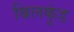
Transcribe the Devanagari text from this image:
बिलकुंड